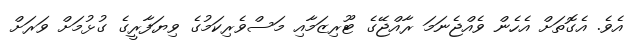
އެވެ. އެގޮތަށް އެހެން ވެއްޖެނަމަ ރާއްޖޭގެ ޓޫރިޒަމާއި މަސްވެރިކަމުގެ ވިޔަފާރީގެ ގުޅުމަށް ވަރަށް